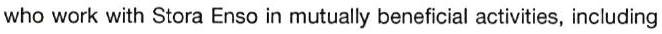
who work with Stora Enso in mutually beneficial activities, including